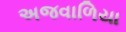
અજવાળિયા